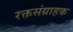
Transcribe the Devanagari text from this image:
रक्तसंग्राहक